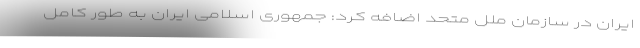
ایران در سازمان ملل متحد اضافه کرد: جمهوری اسلامی ایران به طور کامل